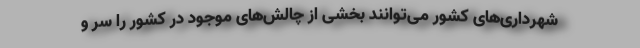
شهرداری‌های کشور می‌توانند بخشی از چالش‌های موجود در کشور را سر و